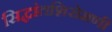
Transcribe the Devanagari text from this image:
सिद्धांतशिरोमणी